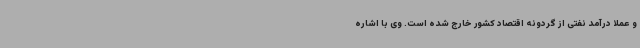
و عملا درآمد نفتی از گردونه اقتصاد کشور خارج شده‌ است. وی با اشاره